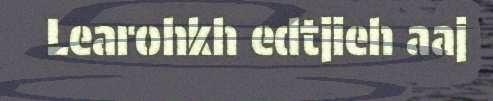
Learohkh edtjieh aaj